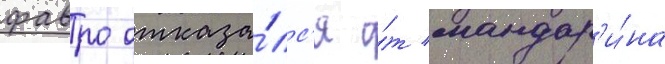
фавро отказа́лс'я о́т мандар'и́на